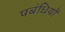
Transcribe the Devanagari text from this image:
पबंधियों